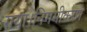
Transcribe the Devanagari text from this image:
गया।निगमीकरण